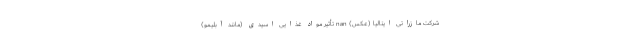
شرکت مازراتی ایتالیا (عکس) nan تأثیر مواد غذایی اسیدی (مانند آبلیمو)